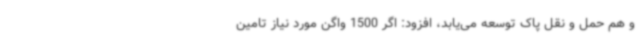
و هم حمل و نقل پاک توسعه می‌یابد، افزود: اگر 1500 واگن مورد نیاز تامین